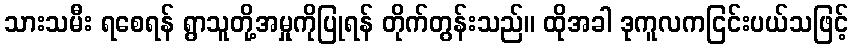
သားသမီး ရစေရန် ရွာသူတို့အမှုကိုပြုရန် တိုက်တွန်းသည်။ ထိုအခါ ဒုကူလကငြင်းပယ်သဖြင့်